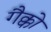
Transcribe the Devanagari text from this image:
गैक्को